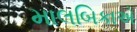
માલબિકાએ